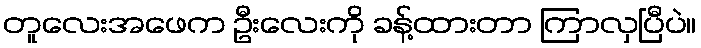
တူလေးအဖေက ဦးလေးကို ခန့်ထားတာ ကြာလှပြီပဲ။